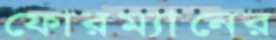
ফোরম্যানের